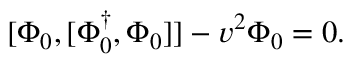
[ \Phi _ { 0 } , [ \Phi _ { 0 } ^ { \dagger } , \Phi _ { 0 } ] ] - v ^ { 2 } \Phi _ { 0 } = 0 .